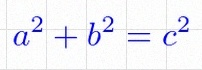
a^2+b^2=c^2